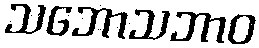
သဘောသဘာဝ